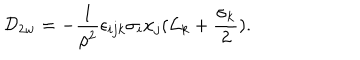
{ \cal D } _ { 2 w } = - { \frac { 1 } { { \rho } ^ { 2 } } } { \epsilon } _ { i j k } { \sigma } _ { i } x _ { j } ( { \cal L } _ { k } + \frac { { \sigma } _ { k } } { 2 } ) .